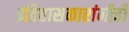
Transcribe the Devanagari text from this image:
इतिहासकारांनीही